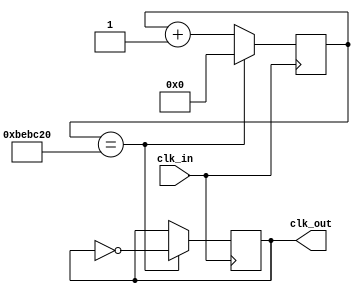
`timescale 1ns / 1ps
//////////////////////////////////////////////////////////////////////////////////
// Company: 
// Engineer: 
// 
// Design Name: 
// Module Name:    slow_clk_4_hz 
// Project Name: 
// Target Devices: 
// Tool versions: 
// Description: 
//
// Dependencies: 
//
// Revision: 
// Revision 0.01 - File Created
// Additional Comments: 
//
//////////////////////////////////////////////////////////////////////////////////
module slow_clk_4_hz(clk_in,clk_out);
input clk_in;
output reg clk_out;



//for converting a 100MHZ clk into 4HZ clk, we will require 25x10^6 clk pulses for making a resultant 1 clk pulse for 4HZ.
// And in order to make a clk pulse of 4hz we will divide the 25x10^6 by 2 for having positive and negative part of the waveform bacause 
//we are inverting the value of clk pulse afetr every 25x10^6 divided by 2 clk pulses.
reg [25:0] count=0;// here we have to count 12.5 billion cycles so we are taking a 26 bit counter

always@(posedge clk_in)
begin
count<=count+1;
if(count==12_500_000)
begin
count<=0;
clk_out=~clk_out;
end
end
endmodule